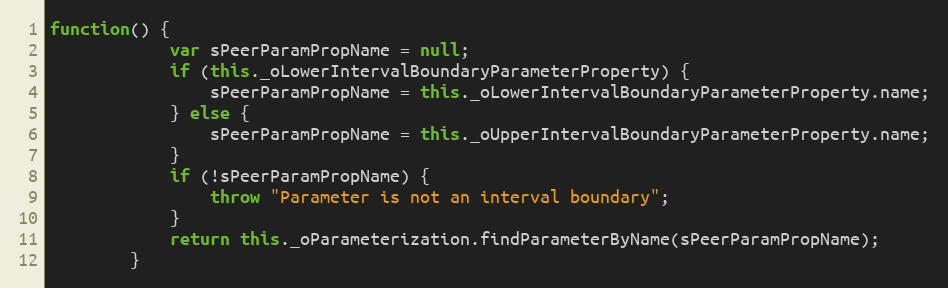
Language: JavaScript
function() {
			var sPeerParamPropName = null;
			if (this._oLowerIntervalBoundaryParameterProperty) {
				sPeerParamPropName = this._oLowerIntervalBoundaryParameterProperty.name;
			} else {
				sPeerParamPropName = this._oUpperIntervalBoundaryParameterProperty.name;
			}
			if (!sPeerParamPropName) {
				throw "Parameter is not an interval boundary";
			}
			return this._oParameterization.findParameterByName(sPeerParamPropName);
		}